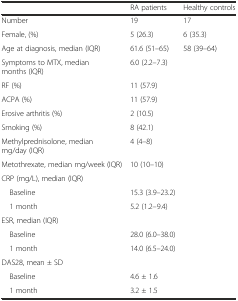
<table><thead><tr><td></td><td><b>RA patients</b></td><td><b>Healthy controls</b></td></tr></thead><tbody><tr><td>Number</td><td>19</td><td>17</td></tr><tr><td>Female, (%)</td><td>5 (26.3)</td><td>6 (35.3)</td></tr><tr><td>Age at diagnosis, median (IQR)</td><td>61.6 (51–65)</td><td>58 (39–64)</td></tr><tr><td>Symptoms to MTX, median months (IQR)</td><td>6.0 (2.2–7.3)</td><td></td></tr><tr><td>RF (%)</td><td>11 (57.9)</td><td></td></tr><tr><td>ACPA (%)</td><td>11 (57.9)</td><td></td></tr><tr><td>Erosive arthritis (%)</td><td>2 (10.5)</td><td></td></tr><tr><td>Smoking (%)</td><td>8 (42.1)</td><td></td></tr><tr><td>Methylprednisolone, median mg/day (IQR)</td><td>4 (4–8)</td><td></td></tr><tr><td>Metothrexate, median mg/week (IQR)</td><td>10 (10–10)</td><td></td></tr><tr><td>CRP (mg/L), median (IQR)</td><td></td><td></td></tr><tr><td> Baseline</td><td>15.3 (3.9–23.2)</td><td></td></tr><tr><td> 1 month</td><td>5.2 (1.2–9.4)</td><td></td></tr><tr><td>ESR, median (IQR)</td><td></td><td></td></tr><tr><td> Baseline</td><td>28.0 (6.0–38.0)</td><td></td></tr><tr><td> 1 month</td><td>14.0 (6.5–24.0)</td><td></td></tr><tr><td>DAS28, mean ± SD</td><td></td><td></td></tr><tr><td> Baseline</td><td>4.6 ± 1.6</td><td></td></tr><tr><td> 1 month</td><td>3.2 ± 1.5</td><td></td></tr></tbody></table>